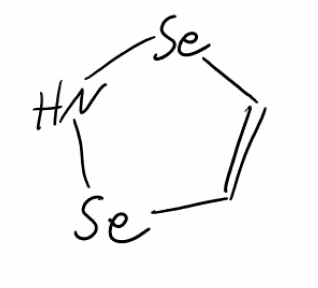
Simplified molecular-input line-entry system (SMILES) notation of the given molecule:
C1=C[Se]N[Se]1